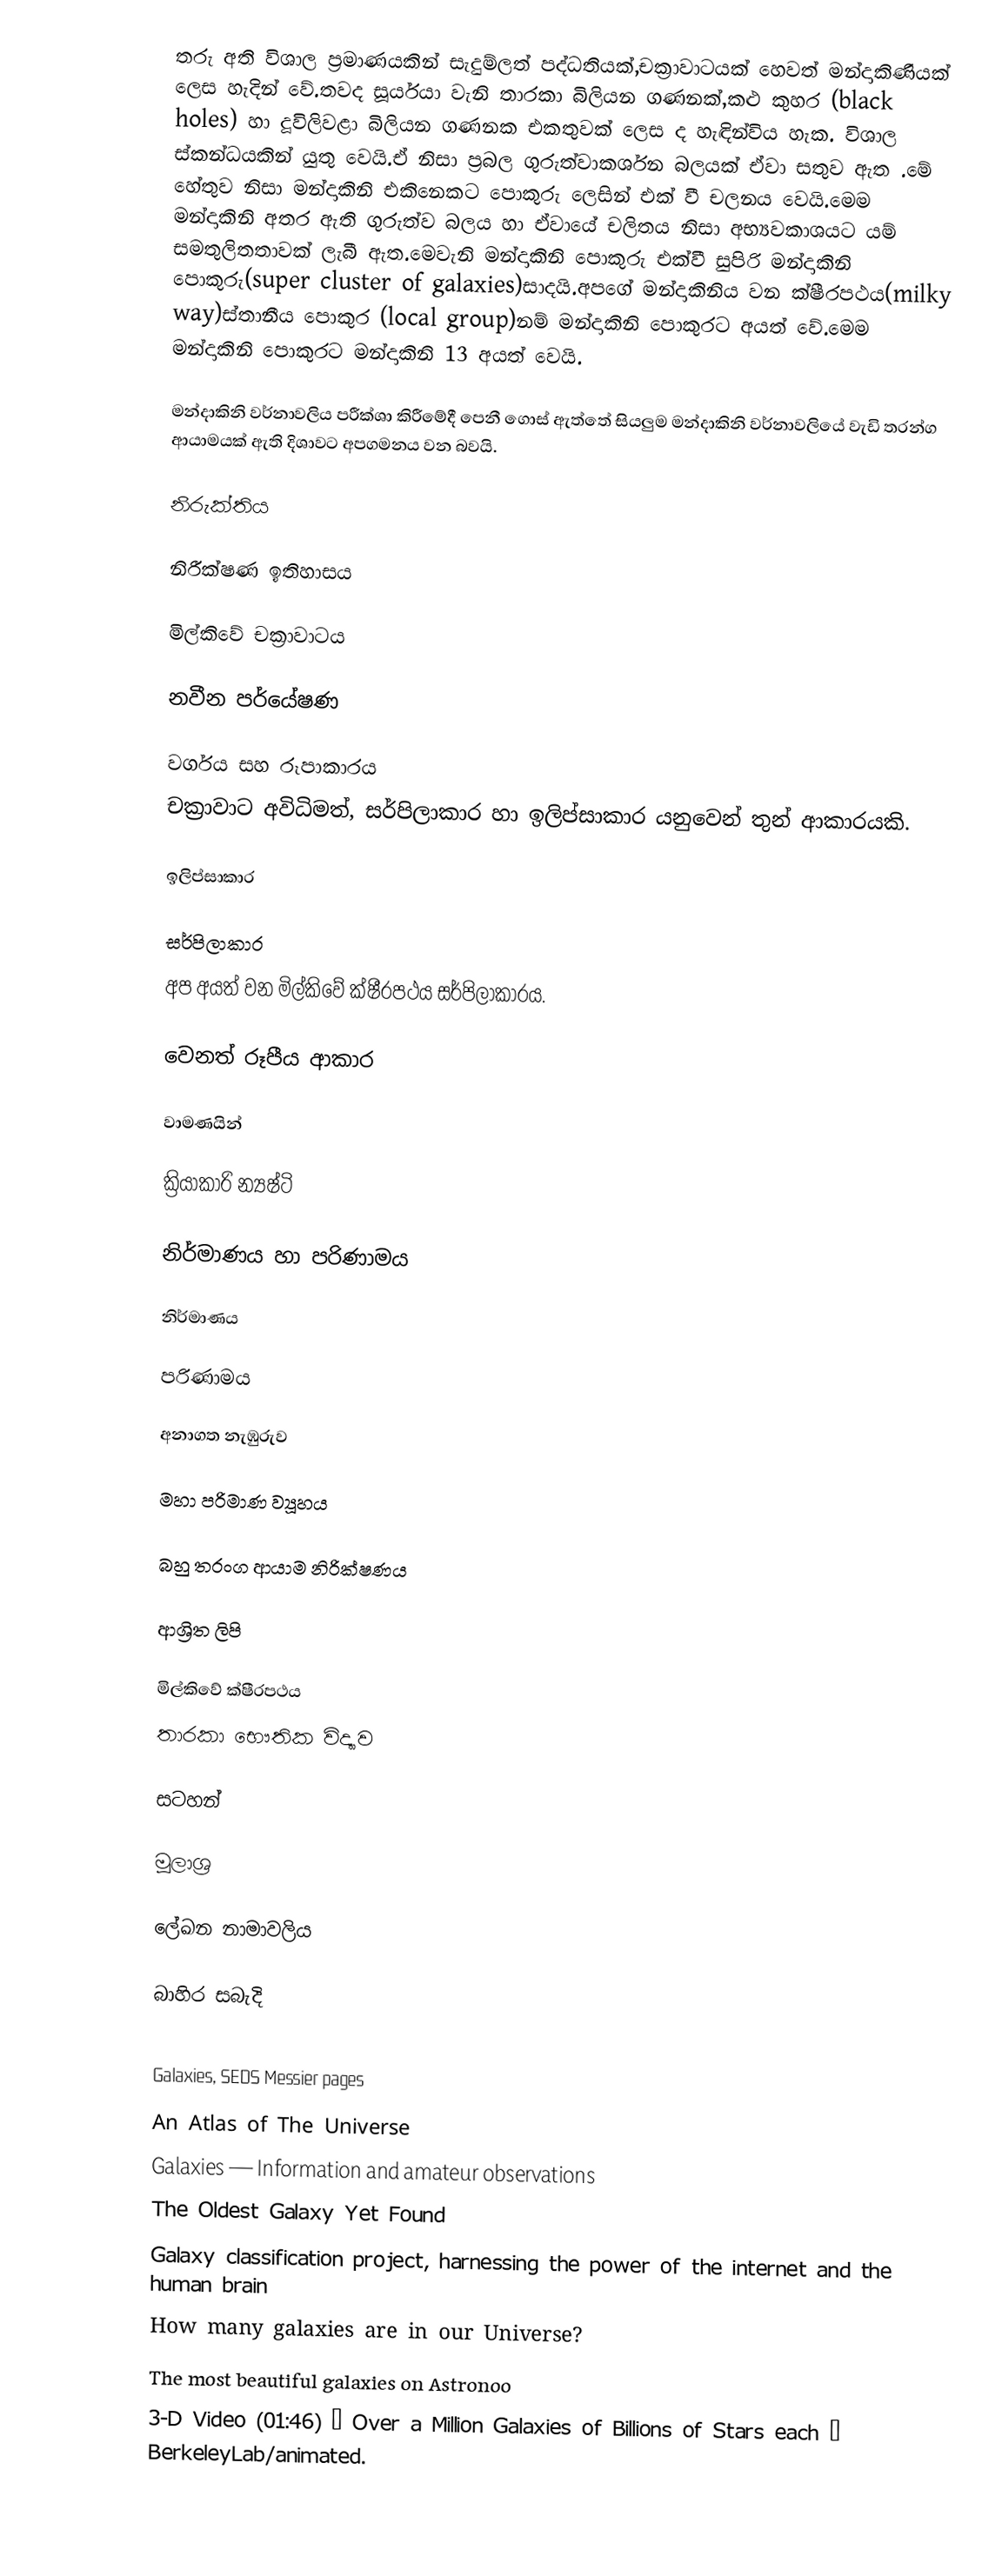
තරු අති විශාල ප්‍රමාණයකින් සැදුම්ලත් පද්ධතියක්,චක්‍රාවාටයක් හෙවත් මන්දාකිණියක් ලෙස හැදින් වේ.තවද සූර්යයා වැනි තාරකා බිලියන ගණනක්,කළු කුහර (black holes) හා දූවිලිවළා බිලියන ගණනක එකතුවක් ලෙස ද හැඳින්විය හැක.  විශාල ස්කන්ධයකින් යුතු වෙයි.ඒ නිසා ප්‍රබල ගුරුත්වාකර්ශන බලයක් ඒවා සතුව ඇත .මේ හේතුව නිසා මන්දාකිනි එකිනෙකට පොකුරු ලෙසින් එක් වී චලනය වෙයි.මෙම මන්දාකිනි අතර ඇති ගුරුත්ව බලය හා ඒවායේ චලිතය නිසා අභ්‍යවකාශයට යම් සමතුලිතතාවක් ලැබී ඇත.මෙවැනි මන්දාකිනි පොකුරු එක්වී සුපිරි මන්දාකිනි පොකුරු(super cluster of galaxies)සාදයි.අපගේ මන්දාකිනිය වන ක්ෂීරපථය(milky way)ස්තානීය පොකුර (local group)නම් මන්දාකිනි පොකුරට අයත් වේ.මෙම මන්දාකිනි පොකුරට මන්දාකිනි 13 අයත් වෙයි.

මන්දාකිනි වර්නාවලිය පරීක්ශා කිරීමේදී පෙනී ගොස් ඇත්තේ සියලුම මන්දාකිනි වර්නාවලියේ වැඩි තරන්ග ආයාමයක් ඇති දිශාවට අපගමනය වන බවයි.

නිරුක්තිය

නිරීක්ෂණ ඉතිහාසය

මිල්කිවේ චක්‍රාවාටය

නවීන පර්යේෂණ

වර්ගය සහ රූපාකාරය
චක්‍රාවාට අවිධිමත්, සර්පිලාකාර හා ඉලිප්සාකාර යනුවෙන් තුන් ආකාරයකි.

ඉලිප්සාකාර

සර්පිලාකාර
අප අයත් වන මිල්කිවේ ක්ෂීරපථය සර්පිලාකාරය.

වෙනත් රූපීය ආකාර

වාමණයින්

ක්‍රියාකාරි න්‍යෂ්ටි

නිර්මාණය හා පරිණාමය

නිර්මාණය

පරිණාමය

අනාගත නැඹුරුව

මහා පරිමාණ ව්‍යූහය

බහු තරංග ආයාම නිරික්ෂණය

ආශ්‍රිත ලිපි

 මිල්කිවේ ක්ෂීරපථය
 තාරකා භෞතික විද්‍යාව

සටහන්

මූලාශ්‍ර

ලේඛන නාමාවලිය

බාහිර සබැදි

 Galaxies, SEDS Messier pages
 An Atlas of The Universe
 Galaxies — Information and amateur observations
 The Oldest Galaxy Yet Found
 Galaxy classification project, harnessing the power of the internet and the human brain
 How many galaxies are in our Universe?
 The most beautiful galaxies on Astronoo
 3-D Video (01:46) – Over a Million Galaxies of Billions of Stars each – BerkeleyLab/animated.